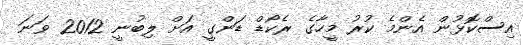
އިސްކޮޅުން އެންމެ ކުރު މީހާގެ ރެކޯޑް ޑަންގީ އަށް ލިބުނީ 2012 ވަނަ